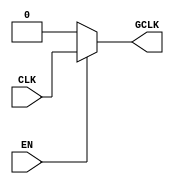
module static_clock_gating (
    input wire CLK,       // Primary clock signal
    input wire EN,        // Enable signal for clock gating
    output wire GCLK      // Gated clock signal
);

// Gating logic: GCLK is active when EN is high
assign GCLK = EN ? CLK : 1'b0;

// Memory block example (simple flip-flop for demonstration)
reg [7:0] memory [0:15]; // 16x8-bit memory
reg [3:0] address;       // 4-bit address for selecting memory locations
reg [7:0] data_in;       // Data input for write operation
reg write_enable;        // Write enable signal

// Memory operation block
always @(GCLK) begin
    if (GCLK) begin
        if (write_enable) begin
            memory[address] <= data_in; // Write data to memory
        end
        // Add read operation logic if necessary
    end
end

endmodule